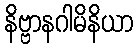
နိဗ္ဗာနဂါမိနိယာ